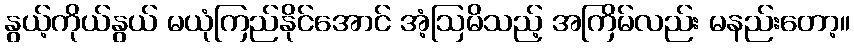
နွယ့်ကိုယ်နွယ် မယုံကြည်နိုင်အောင် အံ့ဩမိသည့် အကြိမ်လည်း မနည်းတော့။